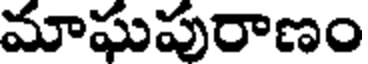
మాఘపురాణం